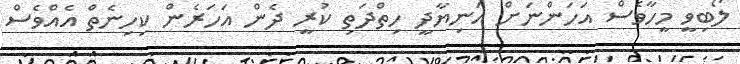
ލޯބިވީ މީހާވެސް އަހަންނަށް އަނިޔާދީ ހިތްދަތި ކުރީ ދެން އަހަރެން ކިހިނެތް އެއްވެސް